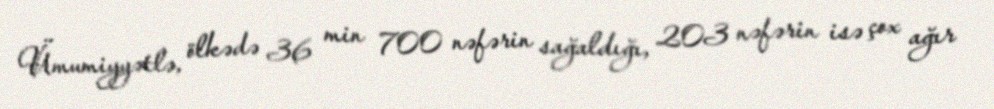
Ümumiyyətlə, ölkədə 36 min 700 nəfərin sağaldığı, 203 nəfərin isə çox ağır